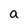
Character: a